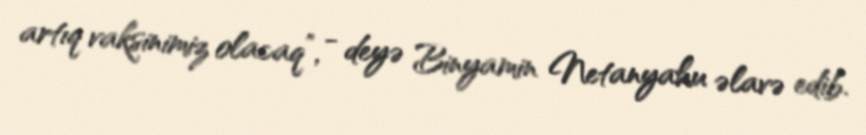
artıq vaksinimiz olacaq”, - deyə Binyamin Netanyahu əlavə edib.